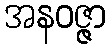
အနဝဇ္ဇာ